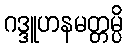
ဂဒ္ဒူဟနမတ္တမ္ပိ